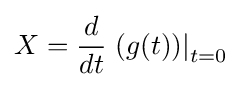
X={\frac {d}{dt}}\left.(g(t))\right|_{t=0}